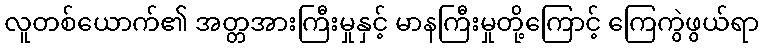
လူတစ်ယောက်၏ အတ္တအားကြီးမှုနှင့် မာနကြီးမှုတို့ကြောင့် ကြေကွဲဖွယ်ရာ